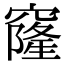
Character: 窿